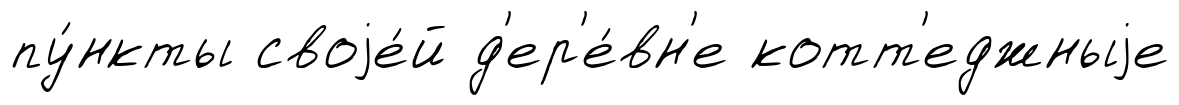
пу́нкты своjе́й д'ер'е́вн'е котт'еджныjе